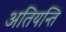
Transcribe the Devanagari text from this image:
अतियन्ति